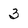
Character: 3